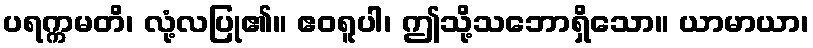
ပရက္ကမတိ၊ လုံ့လပြု၏။ ဧဝရူပါ၊ ဤသို့သဘောရှိသော။ ယာမာယာ၊